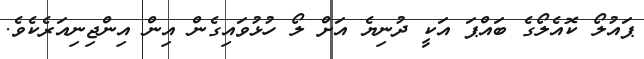
ޕައުލޯ ކޮއެލޯގެ ބައްޕަ އަކީ ދުނިޔެ އަށް ލޯ ހުޅުވައިގެން އިން އިންޖިނިއަރެކެވެ.